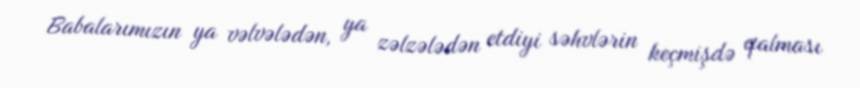
Babalarımızın ya vəlvələdən, ya zəlzələdən etdiyi səhvlərin keçmişdə qalması